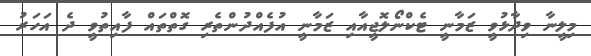
މިލީނާ ވިދާޅުވީ ޒަމާނީ ޓެކްނޯލޮޖީއާއި ޒަމާނީ އުފެއްދުންތެރި ގޮތްތައް ފާއިތުވީ ދެ އަހަރު